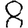
Digit: 8